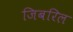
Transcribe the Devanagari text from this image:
जिबरिल